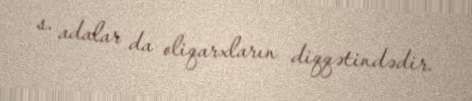
s. adalar da oliqarxların diqqətindədir.